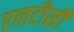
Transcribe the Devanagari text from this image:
एलटीसी